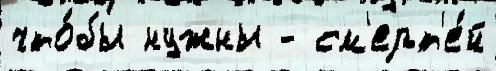
что́бы нужны - см'ерт'е́й